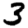
Digit: 3